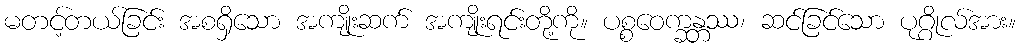
မတင့်တယ်ခြင်း အစရှိသော အကျိုးဆက် အကျိုးရင်းတို့ကို။ ပစ္စဝေက္ခန္တဿ၊ ဆင်ခြင်သော ပုဂ္ဂိုလ်အား။